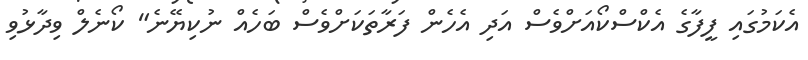
އެކަމުގައި ފީފާގެ އެކްސްކޯއަށްވެސް އަދި އެހެން ފަރާތަކަށްވެސް ބަހެއް ނުކިޔޭނެ" ކޯނެލް ވިދާޅުވި